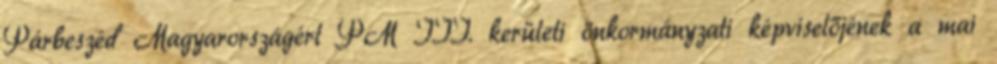
Párbeszéd Magyarországért PM III. kerületi önkormányzati képviselőjének a mai